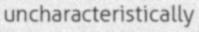
uncharacteristically